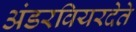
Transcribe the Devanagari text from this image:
अंडरवियरदेते